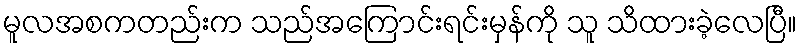
မူလအစကတည်းက သည်အကြောင်းရင်းမှန်ကို သူ သိထားခဲ့လေပြီ။